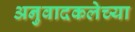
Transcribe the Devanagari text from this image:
अनुवादकलेच्या